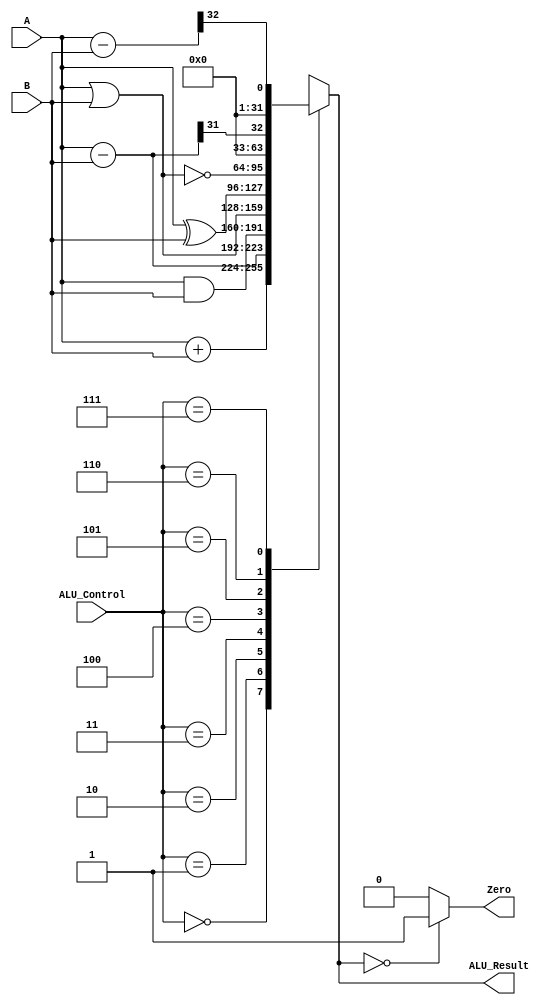
`timescale 1ns / 1ps
//////////////////////////////////////////////////////////////////////////////////
// CompanALU_Result: 
// Engineer: 
// 
// Design Name: 
// Module Name:    ALU 
// Project Name: 
// Target Devices: 
// Tool versions: 
// Description: 
//
// Dependencies: 
//
// Revision: 
// Revision 0.01 - File Created
// Additional Comments: 
//
//////////////////////////////////////////////////////////////////////////////////
module ALU(A,B,ALU_Control,ALU_Result,Zero);
input [31:0] A;
input [31:0] B;
input [2:0] ALU_Control;
output [31:0] ALU_Result;
output Zero;
reg [31:0] Reg_ALU_Result;
wire [31:0] Subtract;
wire [32:0] Unsigned_Subtract;
assign Subtract = A - B;
assign Unsigned_Subtract = {1'b0,A} - {1'b0,B};
always @(*)
begin 
	case(ALU_Control)
		3'b000: Reg_ALU_Result <= A + B;
		3'b001: Reg_ALU_Result <= A - B;
		3'b010: Reg_ALU_Result <= A & B;
		3'b011: Reg_ALU_Result <= A | B;
		3'b100: Reg_ALU_Result <= A ^ B;
		3'b101: Reg_ALU_Result <= ~(A | B);
		3'b110: Reg_ALU_Result <= {31'b0,Subtract[31]};
		3'b111: Reg_ALU_Result <= {31'b0,Unsigned_Subtract[32]};
	endcase
end
assign ALU_Result = Reg_ALU_Result;
assign Zero = (ALU_Result == 0) ? 1'b1 : 1'b0;
endmodule